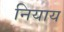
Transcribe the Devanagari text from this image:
नियाय